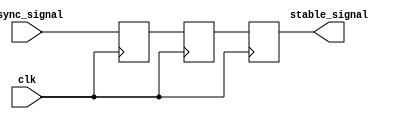
module TwoFF_Metastability_Detector (
    input wire clk,                // Clock signal
    input wire async_signal,       // Asynchronous input signal
    output reg stable_signal        // Stabilized output signal
);

    // Two flip-flops for metastability detection
    reg ff1, ff2;

    always @(posedge clk) begin
        // First flip-flop samples the asynchronous input
        ff1 <= async_signal; 
        
        // Second flip-flop samples the output of the first flip-flop
        ff2 <= ff1; 
    end

    // Output the stable signal
    always @(posedge clk) begin
        stable_signal <= ff2;
    end

endmodule